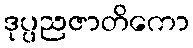
ဒုပ္ပညဇာတိကော